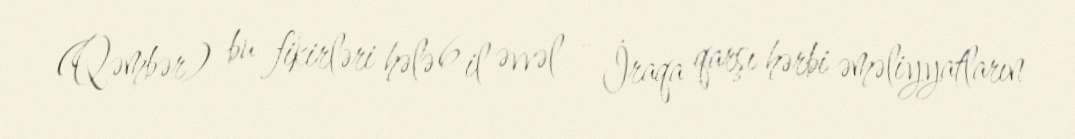
(Qəmbər) bu fikirləri hələ 6 il əvvəl - İraqa qarşı hərbi əməliyyatların